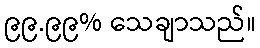
၉၉.၉၉% သေချာသည်။